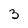
Character: 3